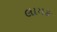
લાયક